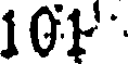
101